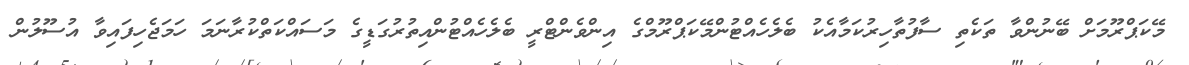
މޭކަޕްރޫމަށް ބޭނުންވާ ތަކެތި ސާފުތާހިރުކަމާއެކު ބެލެހެއްޓުންމޭކަޕްރޫމްގެ އިންވެންޓްރީ ބެލެހެއްޓުންއިތުރުގަޑީގެ މަސައްކަތްކުރާނަމަ ހަމަޖެހިފައިވާ އުސޫލުން